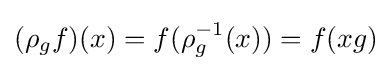
(\rho _{g}f)(x)=f(\rho _{g}^{-1}(x))=f(xg)